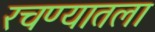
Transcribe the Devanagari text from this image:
रचण्यातला